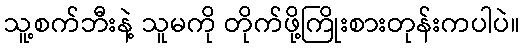
သူ့စက်ဘီးနဲ့ သူမကို တိုက်ဖို့ကြိုးစားတုန်းကပါပဲ။